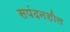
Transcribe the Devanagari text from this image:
सपंदनशील